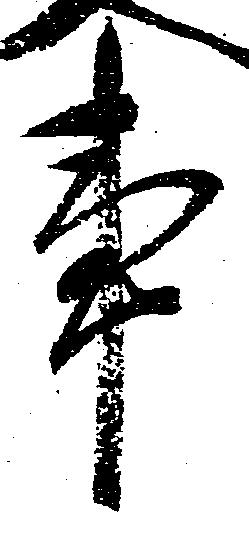
事